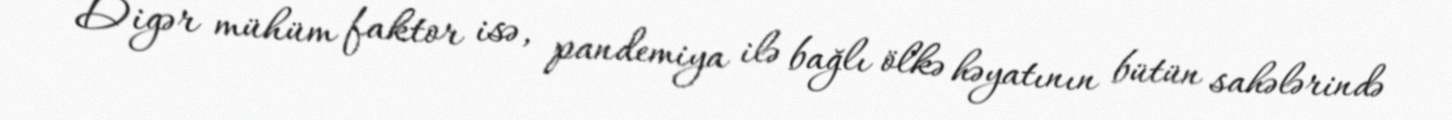
Digər mühüm faktor isə, pandemiya ilə bağlı ölkə həyatının bütün sahələrində